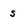
Character: s